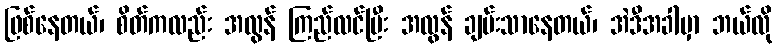
ဖြစ်နေတယ်၊ စိတ်ကလည်း အလွန် ကြည်လင်ပြီး အလွန် ချမ်းသာနေတယ်၊ အဲဒီအခါမှာ ဘယ်လို